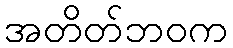
အတိတ်ဘဝက